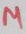
Text: µ